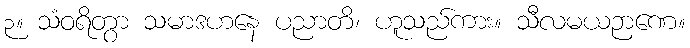
၃။ သံဝရိတွာ သမာဒဟနေ ပညာတိ၊ ဟူသည်ကား။ သီလမယဉာဏေ။